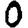
Digit: 0